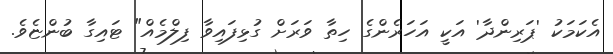
އެކަމަކު 'ޕަރިންދާ' އަކީ އަހަރެންގެ ހިތާ ވަރަށް ގުޅިފައިވާ ފިލްމެއް" ޓައިގާ ބުންޏެވެ.